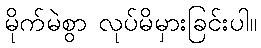
မိုက်မဲစွာ လုပ်မိမှားခြင်းပါ။